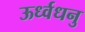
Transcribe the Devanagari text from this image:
ऊर्ध्वधनु